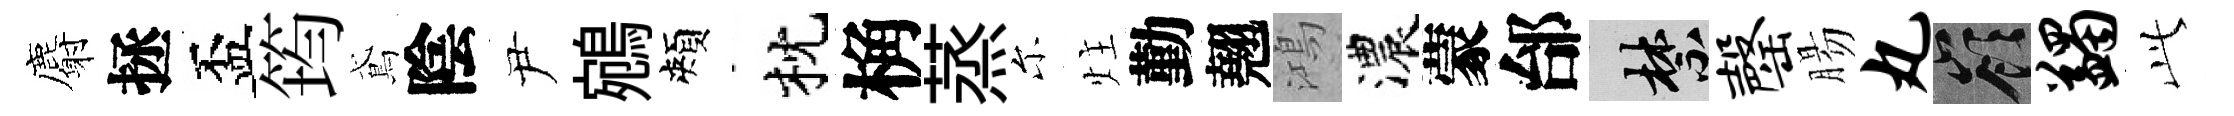
麝拯盃筠鳶陰尹鵷頰枕桷蒸尓炷勤翹鴻濃蒙邰禁罄腸丸嶺蠲𬼘